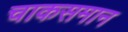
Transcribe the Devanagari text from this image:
चाकसमान